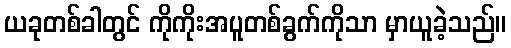
ယခုတစ်ခါတွင် ကိုကိုးအပူတစ်ခွက်ကိုသာ မှာယူခဲ့သည်။